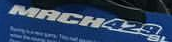
MACH429